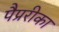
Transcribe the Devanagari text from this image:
पैप्ररीका